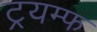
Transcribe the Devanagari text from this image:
ट्रयम्फ